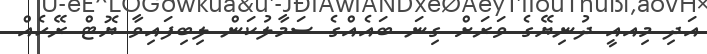
އަދި މިއއީ ދުނިޔޭގެ ވަރަށް ގިނަ ބައެއްގެ ސަމާލުކަން ލިބިފައިވާ ޔޮޓް ރޭހެއް